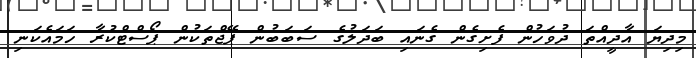
މިދިޔަ އާދީއްތަ ދުވަހުން ފެށިގެން ގެނައި ބަދަލުގެ ސަބަބުން ޕޭޖްތަކުން ޕޯސްޓްކުރާ ހަމައެކަނި